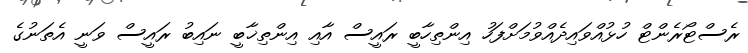
ރެސްޓޯރެންޓް ހުޅުއްވައިދެއްވުމަށްފަހު އިންތިހާބީ ރައީސް އާއި އިންތިޚާބީ ނައިބު ރައީސް ވަނީ އެތަނުގެ